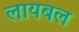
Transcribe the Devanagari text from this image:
लायबल